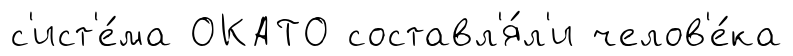
с'ист'е́ма ОКАТО составл'я́л'и челов'е́ка